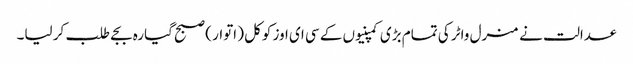
عدالت نے منرل واٹر کی تمام بڑی کمپنیوں کے سی ای اوز کوکل ( اتوار ) صبح گیارہ بجے طلب کر لیا۔